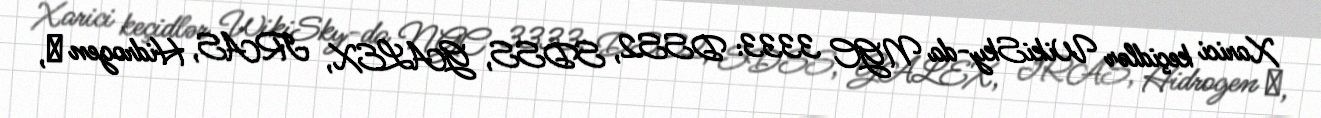
Xarici keçidlər WikiSky-da NGC 3333: DSS2, SDSS, GALEX, IRAS, Hidrogen α,